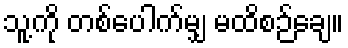
သူ့ကို တစ်ပေါက်မျှ မထိစဉ်ချေ။